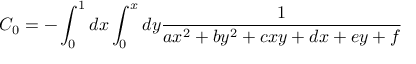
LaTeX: C _ { 0 } = - \int _ { 0 } ^ { 1 } d x \int _ { 0 } ^ { x } d y \frac { 1 } { a x ^ { 2 } + b y ^ { 2 } + c x y + d x + e y + f }